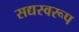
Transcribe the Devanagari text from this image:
सद्यस्वरूप